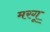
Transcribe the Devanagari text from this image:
मरगू